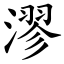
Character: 漻